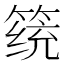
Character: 𱸔